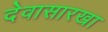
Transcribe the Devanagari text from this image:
देवासारखा